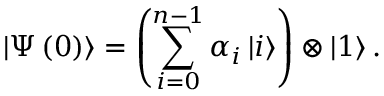
\left| \Psi \left( 0 \right) \right\rangle = \left( \sum _ { i = 0 } ^ { n - 1 } \alpha _ { i } \left| i \right\rangle \right) \otimes \left| 1 \right\rangle .